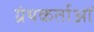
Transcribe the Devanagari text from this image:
ग्रंथकर्ताओं